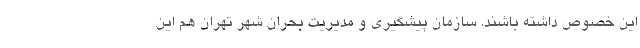
این خصوص داشته باشند. سازمان پیشگیری و مدیریت بحران شهر تهران هم این